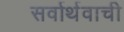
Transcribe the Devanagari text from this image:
सर्वार्थवाची